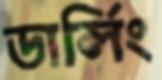
ডার্লিং